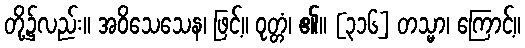
တို့၌လည်း။ အဝိသေသေန၊ ဖြင့်။ ဝုတ္တံ၊ ၏။ [၃၁၆] တသ္မာ၊ ကြောင့်။